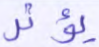
يؤثر